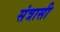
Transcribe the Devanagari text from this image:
संत्रासी